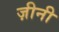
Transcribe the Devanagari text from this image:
ज़ीनी